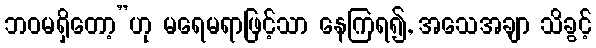
ဘဝမရှိတော့”ဟု မရေမရာဖြင့်သာ နေကြရ၍, အသေအချာ သိခွင့်